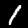
Label: 1